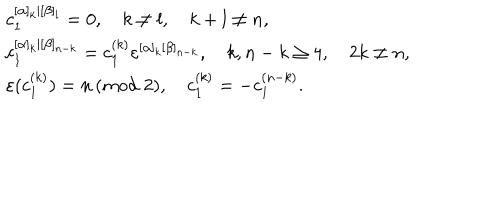
LaTeX: \begin{array} { l } { { c _ { 1 } ^ { [ \alpha ] _ { k } | [ \beta ] _ { l } } = 0 , \quad k \neq l , \quad k + l \neq n , } } \\ { { c _ { 1 } ^ { [ \alpha ] _ { k } | [ \beta ] _ { n - k } } = c _ { 1 } ^ { ( k ) } \varepsilon ^ { [ \alpha ] _ { k } [ \beta ] _ { n - k } } , \quad k , n - k \ge 4 , \quad 2 k \neq n , } } \\ { { \varepsilon ( c _ { 1 } ^ { ( k ) } ) = n \, ( m o d \, \, 2 ) , \quad c _ { 1 } ^ { ( k ) } = - c _ { 1 } ^ { ( n - k ) } . } } \\ \end{array}